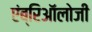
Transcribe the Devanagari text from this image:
एंब्रिऑलोजी